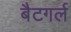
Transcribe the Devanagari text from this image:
बैटगर्ल